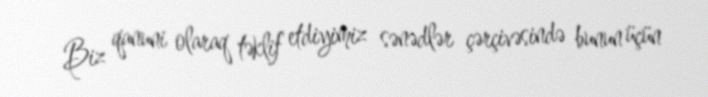
Biz qanuni olaraq təklif etdiyimiz sənədlər çərçivəsində bunun üçün